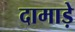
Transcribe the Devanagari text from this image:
दामाड़े